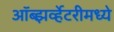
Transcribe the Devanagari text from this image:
ऑब्झर्व्हेटरीमध्ये